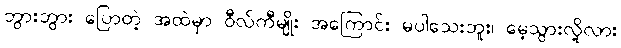
ဘွားဘွား ပြောတဲ့ အထဲမှာ ဝီလ်ကီမျိုး အကြောင်း မပါသေးဘူး၊ မေ့သွားလို့လား